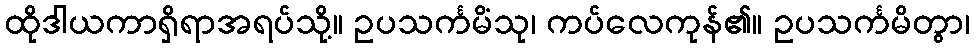
ထိုဒါယကာရှိရာအရပ်သို့။ ဥပသင်္ကမိံသု၊ ကပ်လေကုန်၏။ ဥပသင်္ကမိတွာ၊